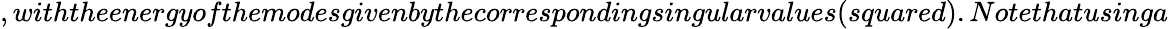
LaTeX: ,withtheenergyofthemodesgivenbythecorrespondingsingularvalues(squared).Notethatusinga